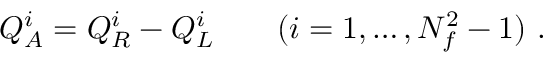
Q _ { A } ^ { i } = Q _ { R } ^ { i } - Q _ { L } ^ { i } \qquad ( i = 1 , \dots , N _ { f } ^ { 2 } - 1 ) ~ .